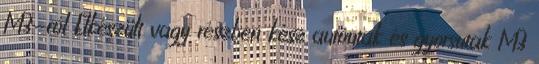
M3-ról Elkészült vagy részben kész autóutak és gyorsutak M3